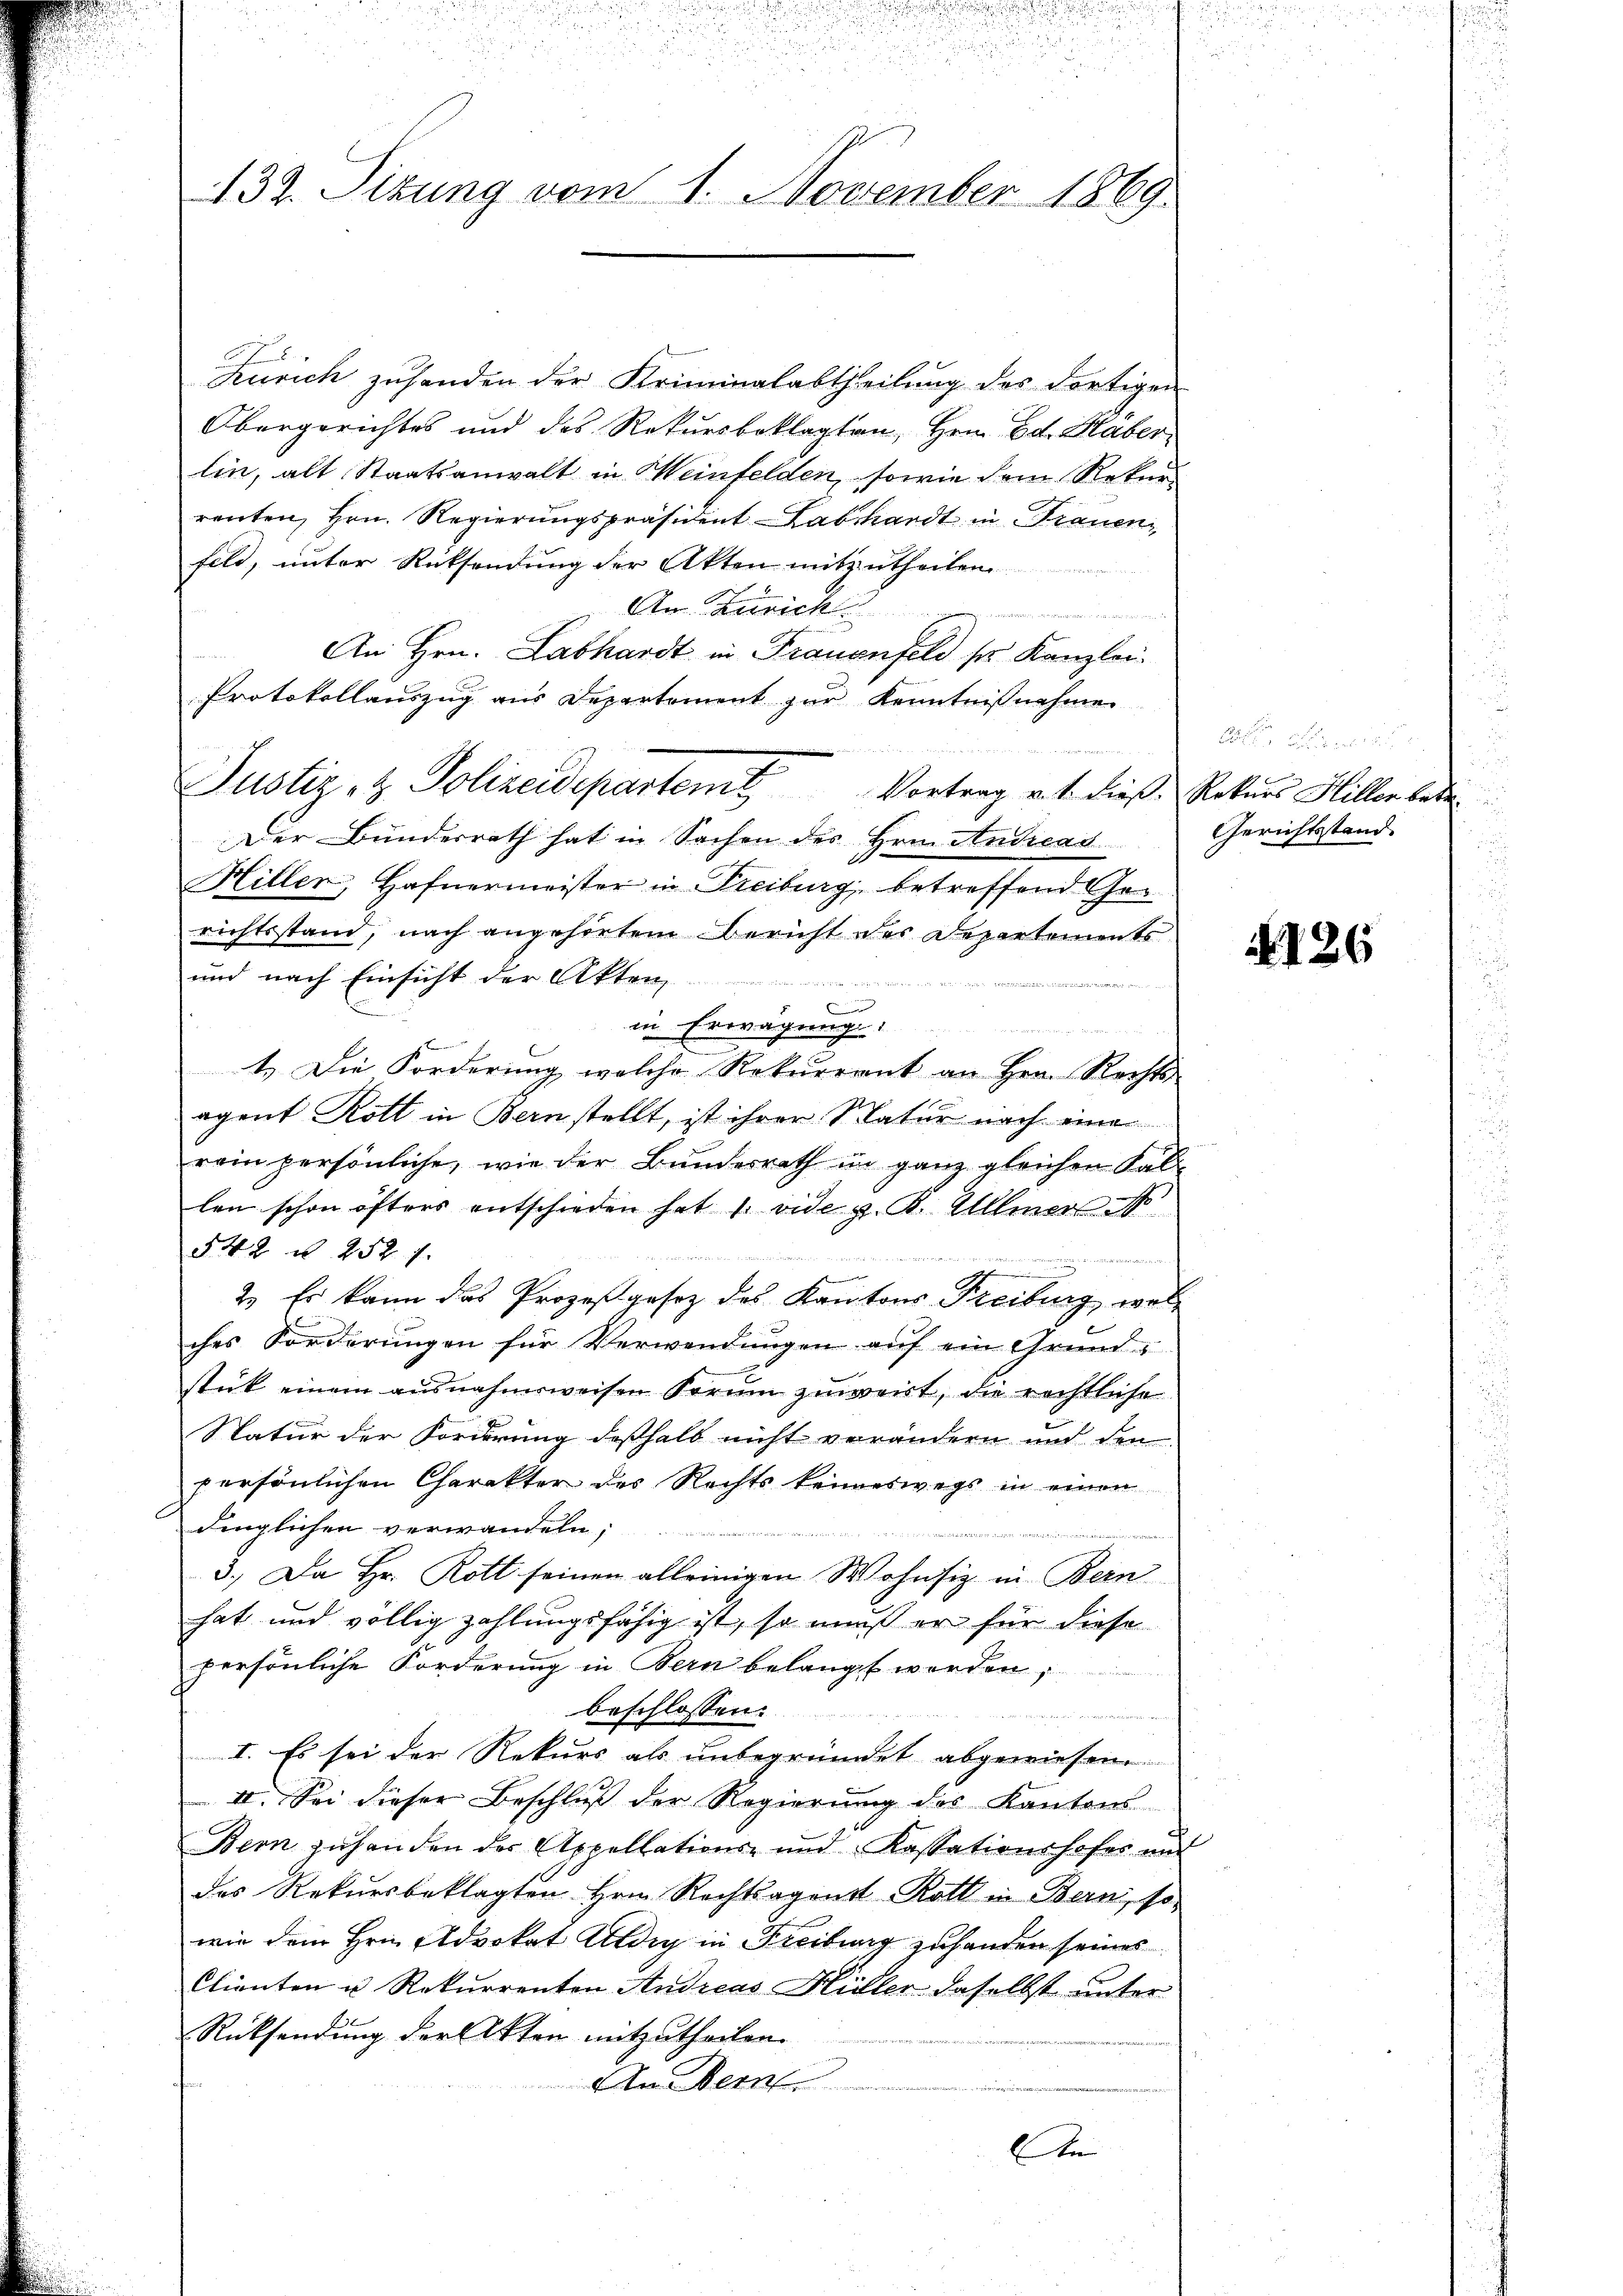
132. Sizung vom 1. November 1869.

Zürich zusenden der Kriminalabtheilung des dortigen
Obergerichtes und des Rekursbeklagten, Hrn. Ed. Haber
lin, alt Staatsanwalt in Meinfelden, sowie dem Rekur
renten, Hrn. Regierungspräsident Labhardt in Frauen,
feld, unter Rücksendung der Akten mitzutheilen
An Zürich
e
An Hrn. Labhardt in Frauenfeld sr Kanzlei.
Protokollauszug aus Departement zur Kenntnißnahme
Der Bunderrath hat in Sachen des Hrn. Andreas
u
Hiller, Hafnermeister in Freiburg, betreffend Gerichtsstand, nach angehörtem Bericht des Departements
und nach Einsicht der Akten
.
in Erwägung:
1.) Die Forderung welche Rekurrent an Hrn. Rechts
agent Rott in Bern stellt, ist ihrer Natur nach eine
rein persönliche, wie der Bundesrath in ganz gleichen Sal-
len schon öfters entschieden hat u. vide z. B. Allmer N
542 u. 252 f.
  26
C
2. Es kann das Prozeßgesetz des Kantons Freiburg, wolches Forderŭngen für Verwendŭngen aŭf ein Grund-
stück einem ausnahmsweisen Forum zuweist, die rechtliche
Natur der Forderung deßhalb nicht verändern und den
persönlichen Charakter des Rechts keineswegs in einen
dinglichen verwandeln;
n
3.) Da Hr. Rott seinen alleinigen Wohnsiz in Bern
hat und völlig zahlungsfähig ist, so muß er für diese
persönliche Forderung in Bern belangt werden,
beschlossen:
n
I. Es sei der Rekurs als unbegründet abgewiesen
II. Sei dieser Beschluß der Regierung des Kantons
Bern zŭ handen der Appellations- und Kassationshofer und
des Rekursbeklagten Hrn. Rechtsagenst Rath in Bern, so
wie dem Hrn. Advokat Aldig in Freiburg zuhanden seines
Chianten u Rekurrenten Andreas Hüller daselbst unter
Rücksendung der Akten mitzutheilen.
An Dein
An

Justiz- & Polizeidepartem Vortrag v. 1. dieß Rekurs Hiller bede

Gerichtsstand

A126